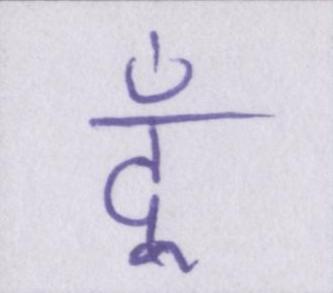
दूँ